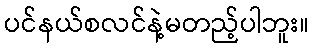
ပင်နယ်စလင်နဲ့မတည့်ပါဘူး။